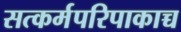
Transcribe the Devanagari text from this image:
सत्कर्मपरिपाकाच्च